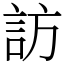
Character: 訪